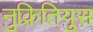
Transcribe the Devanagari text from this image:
नुक्रितियुस